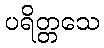
ပရိတ္တသေ